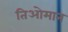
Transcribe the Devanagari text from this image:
तिओमान